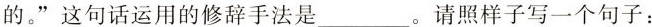
的。”这句话运用的修辞手法是___。请照样子写一个句子：